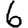
Digit: 6